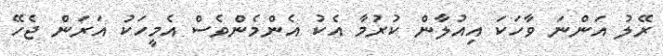
ރޭލު އަންނަ ވާހަކަ އިއުލާން ކުރުމާ އެކު އެންމެންވެސް އެމީހަކު އަރަން ޖެހޭ